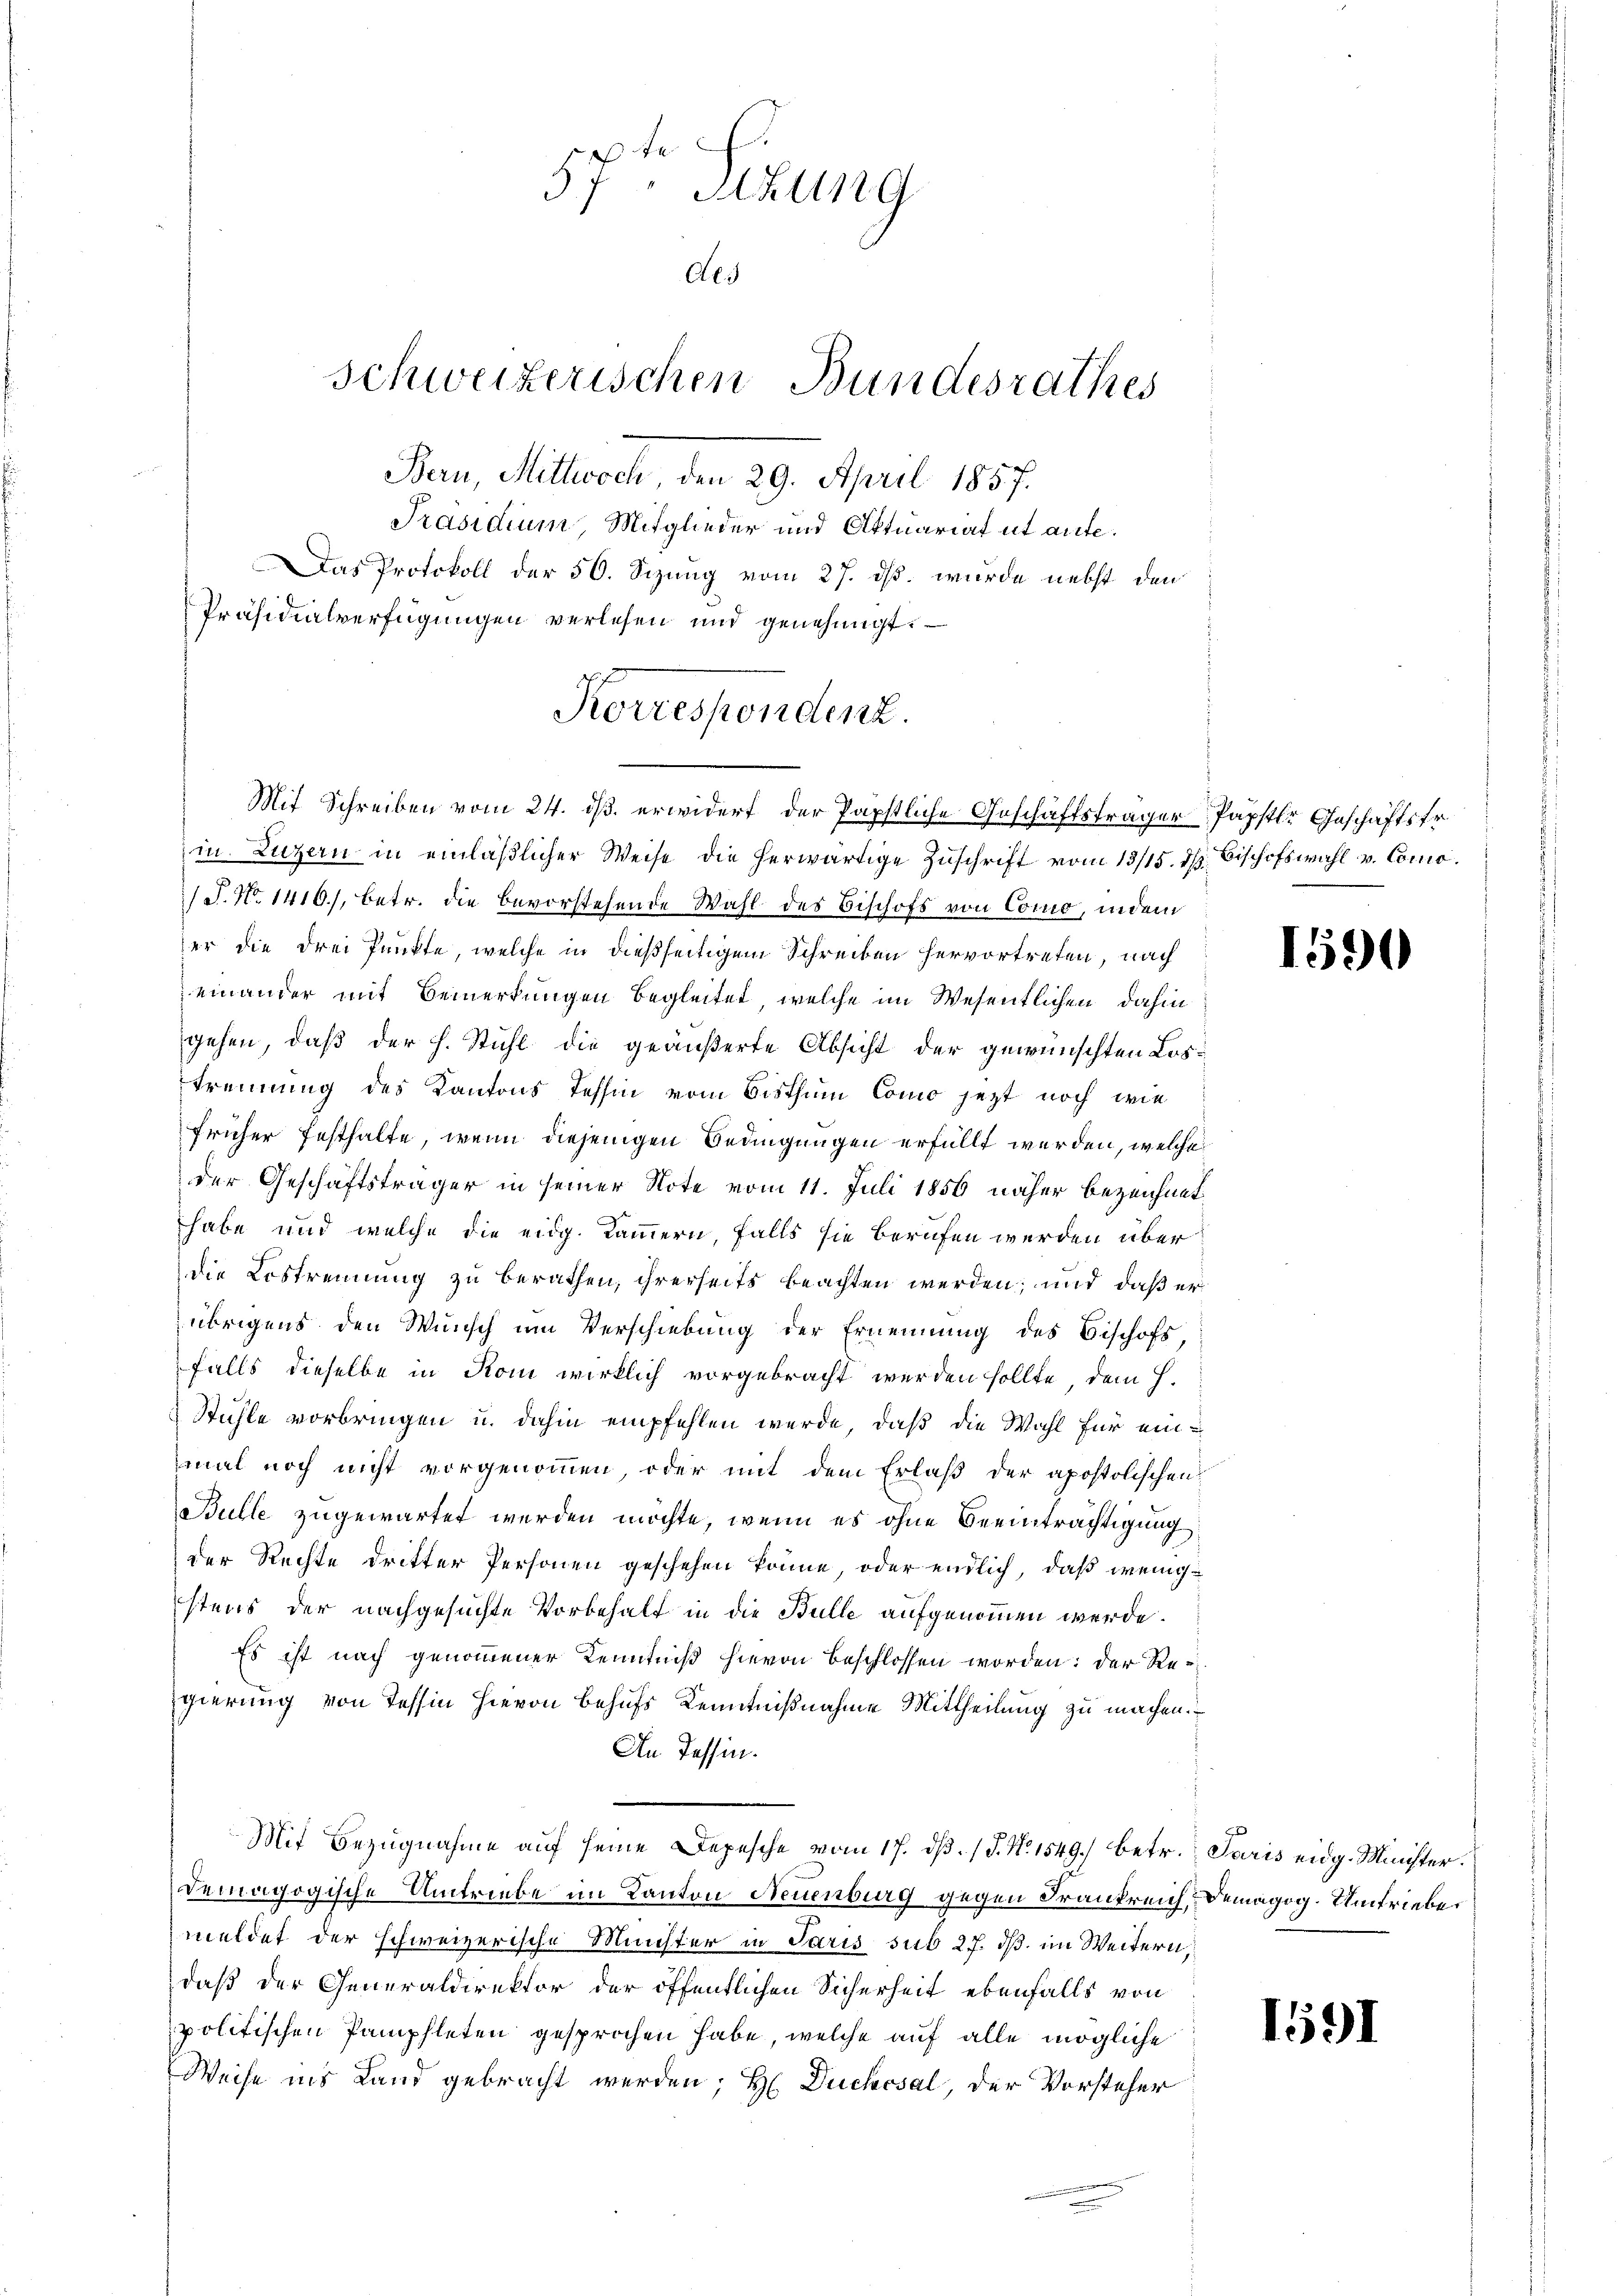
57. Sitzung
Als
schweizerischen Bundesrathes
Bern, Mittwoch den 29. April 1857.
Präsidium, Mitglieder und Aktuariat et aufe¬
Das Protokoll der 50. Sizung vom 27. ds. wurde nebst den
Präsidialverfügungen verlesen und genehmigt. —

Korrespondenz.
Mit Schreiben vom 24. ds. erwidert der Papstliche Geschäftsträger Papster Geschäftsfr.

in Luzern in einläβlicher Weise die herwärtige Zŭschrift vom 13/15. d. Bischofswahl v. Como¬
/J. N. 1416., betr. die bevorstehende Wahl des Bischofs von Como, indem
er die drei Punkte, welche in dießseitigem Schreiben hervortreten, nach
einander mit Bemerkungen begleitet, welche im Wesentlichen dahin:
gehen, daß der h. Stuhl die geäußerte Absicht der gewünschten Lostrennung des Kantons Tessin vom Bisthum Como jezt noch wie
früher festhalte, wenn diejenigen Bedingungen erfüllt werden, welche
der Geschäftsträger in seiner Note vom 11. Juli 1856 näher bezeichnet
habe und welche die eidg. Kammern, falls sie berufen werden über
die Lostrennung zu berathen, ihrerseits beachten werden; und daß er
übrigens den Wunsch um Verschiebung der Ernennung des Bischofs
falls dieselbe in Rom wirklich vorgebracht werden sollte, dem H.
Stühle vorbringen u. dahin empfehlen werde, daß die Wahl für ein
mal noch nicht vorgenommen, oder mit dem Erlaß der apostolischen
Bulle zugewartet werden möchte, wenn es ohne Beeinträchtigung
der Rechte dritter Personen geschehen könne, oder endlich, daß wenigstens der nachgesuchte Vorbehalt in die Bulle aufgenommen werde.
Es ist nach genommener Kenntniß hievon beschlossen worden: der Regierung von Tessin hievon Behufs Kenntnißnahme Mittheilung zu machen.
An Tessin.
Mit Bezŭgnahme aŭf seine Depesche vom 17. dβ. / P. Nr. 1549.) betr. Paris eidg. Minister.
demagogische Umtriebe im Kanton Neuenburg gegen Frankreich, Demagog. Umtrieber
meldet der schweizerische Münster in Paris sub 27. dß im Weitern,
daß der Generaldirektor der öffentlichen Sicherheit ebenfalls von
politischen Pamphleten gesprochen habe, welche auf alle mögliche
Weise ins Land gebracht werden; H. Duchcsal, der Vorsteher

1590

1591